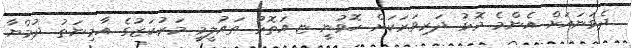
ދެވަނައަށް އެންމެ މޮޅު ދަރިވަރަކަށް ހޮވުނީ ޏ.އަތޮޅު ތައުލީމީ މަރުކަޒުގެ އާމިނަތު ދުމްޔާ